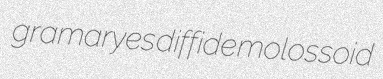
gramaryes diffide molossoid